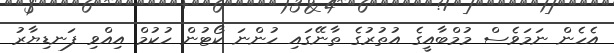
އެހެން ނަމަވެސް މުމްބާއީގެ އުތުރުގެ ތާނޭގައި ހުންނަ ކޯޓުން ހުކުމް އިއްވި ފަނޑިޔާރު